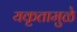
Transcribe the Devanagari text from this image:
यकृतामुळे